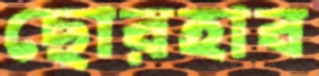
ছোরহাব